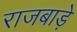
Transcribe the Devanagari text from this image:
राजबाड़े